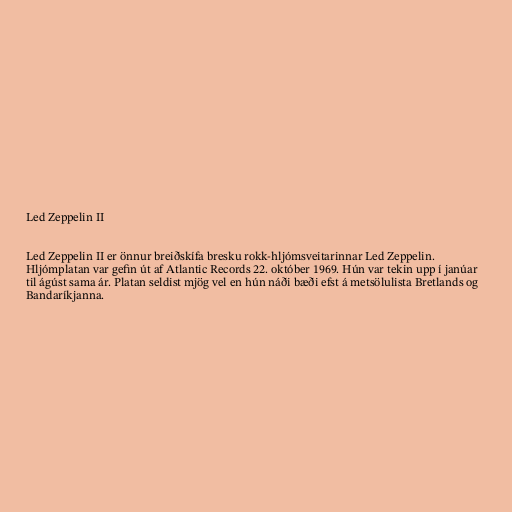
Led Zeppelin II

Led Zeppelin II er önnur breiðskífa bresku rokk-hljómsveitarinnar Led Zeppelin.
Hljómplatan var gefin út af Atlantic Records 22. október 1969. Hún var tekin upp í janúar
til ágúst sama ár. Platan seldist mjög vel en hún náði bæði efst á metsölulista Bretlands og
Bandaríkjanna.